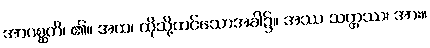
အာဂစ္ဆတိ၊ ၏။ အထ၊ ထိုသို့ထင်သောအခါ၌။ အဿ သတ္တဿ၊ အား။